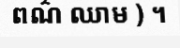
ពណ៌ ឈាម ) ។